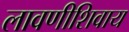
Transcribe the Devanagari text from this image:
लावणीशिवाय